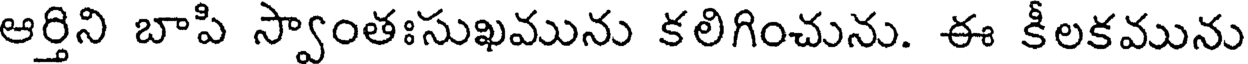
ఆర్తిని బాపి స్వాంతఃసుఖమును కలిగించును. ఈ కీలకమును